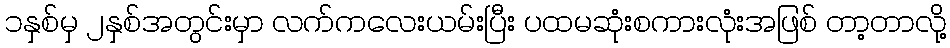
၁နှစ်မှ ၂နှစ်အတွင်းမှာ လက်ကလေးယမ်းပြီး ပထမဆုံးစကားလုံးအဖြစ် တာ့တာလို့